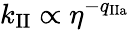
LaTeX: k_{\mathrm{II}}\propto\eta^{-q_{\mathrm{IIa}}}